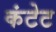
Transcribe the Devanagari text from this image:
कंटेट